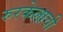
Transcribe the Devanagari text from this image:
रुरकेलाची